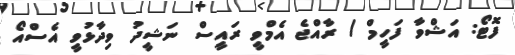
ފޮޓޯ: އަޝްވާ ފަހީމް / ރާއްޖެ އެމްވީ ރައީސް ނަޝީދު ވިދާޅުވީ އެސްއޯ